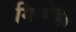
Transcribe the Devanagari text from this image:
गिन्गेल्ली